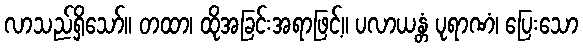
လာသည်ရှိသော်။ တထာ၊ ထိုအခြင်းအရာဖြင့်။ ပလာယန္တံ ပုရာဏံ၊ ပြေးသော